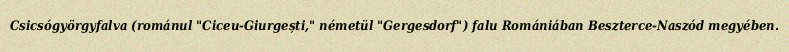
Csicsógyörgyfalva (románul "Ciceu-Giurgești," németül "Gergesdorf") falu Romániában Beszterce-Naszód megyében.